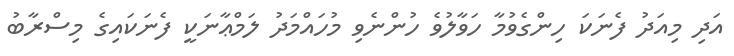
އަދި މިއަދު ފެނަކަ ހިންގެވުމާ ހަވާލުވެ ހުންނެވި މުހައްމަދު ލަމްޢާނަކީ ފެނަކައިގެ މިސްރާބު